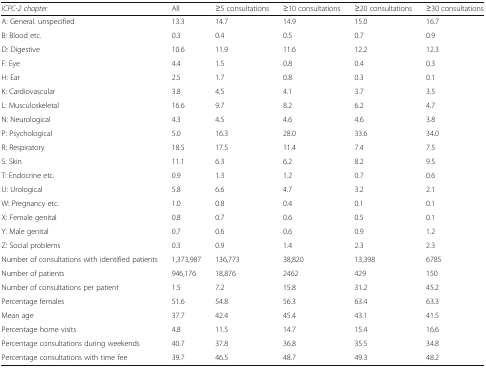
| ICPC-2 chapter | All | ≥5 consultations | ≥10 consultations | ≥20 consultations | ≥30 consultations |
 | --- | --- | --- | --- | --- | --- |
 | A: General. unspecified | 13.3 | 14.7 | 14.9 | 15.0 | 16.7 |
 | B: Blood etc. | 0.3 | 0.4 | 0.5 | 0.7 | 0.9 |
 | D: Digestive | 10.6 | 11.9 | 11.6 | 12.2 | 12.3 |
 | F: Eye | 4.4 | 1.5 | 0.8 | 0.4 | 0.3 |
 | H: Ear | 2.5 | 1.7 | 0.8 | 0.3 | 0.1 |
 | K: Cardiovascular | 3.8 | 4.5 | 4.1 | 3.7 | 3.5 |
 | L: Musculoskeletal | 16.6 | 9.7 | 8.2 | 6.2 | 4.7 |
 | N: Neurological | 4.3 | 4.5 | 4.6 | 4.6 | 3.8 |
 | P: Psychological | 5.0 | 16.3 | 28.0 | 33.6 | 34.0 |
 | R: Respiratory | 18.5 | 17.5 | 11.4 | 7.4 | 7.5 |
 | S: Skin | 11.1 | 6.3 | 6.2 | 8.2 | 9.5 |
 | T: Endocrine etc. | 0.9 | 1.3 | 1.2 | 0.7 | 0.6 |
 | U: Urological | 5.8 | 6.6 | 4.7 | 3.2 | 2.1 |
 | W: Pregnancy etc. | 1.0 | 0.8 | 0.4 | 0.1 | 0.1 |
 | X: Female genital | 0.8 | 0.7 | 0.6 | 0.5 | 0.1 |
 | Y: Male genital | 0.7 | 0.6 | 0.6 | 0.9 | 1.2 |
 | Z: Social problems | 0.3 | 0.9 | 1.4 | 2.3 | 2.3 |
 | Number of consultations with identified patients | 1,373,987 | 136,773 | 38,820 | 13,398 | 6785 |
 | Number of patients | 946,176 | 18,876 | 2462 | 429 | 150 |
 | Number of consultations per patient | 1.5 | 7.2 | 15.8 | 31.2 | 45.2 |
 | Percentage females | 51.6 | 54.8 | 56.3 | 63.4 | 63.3 |
 | Mean age | 37.7 | 42.4 | 45.4 | 43.1 | 41.5 |
 | Percentage home visits | 4.8 | 11.5 | 14.7 | 15.4 | 16.6 |
 | Percentage consultations during weekends | 40.7 | 37.8 | 36.8 | 35.5 | 34.8 |
 | Percentage consultations with time fee | 39.7 | 46.5 | 48.7 | 49.3 | 48.2 |